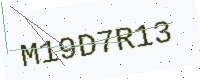
Text: M19D7R13